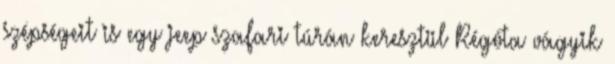
szépségeit is egy jeep szafari túrán keresztül Régóta vágyik